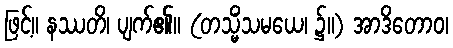
ဖြင့်။ နဿတိ၊ ပျက်၏။ (တသ္မိံသမယေ၊ ၌။) အာဒိတောဝ၊